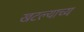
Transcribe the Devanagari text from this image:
खटल्याच्य